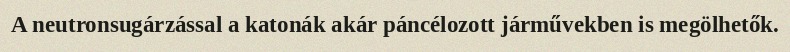
A neutronsugárzással a katonák akár páncélozott járművekben is megölhetők.